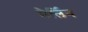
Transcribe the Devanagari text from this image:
मैर्लिन